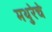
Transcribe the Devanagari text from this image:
मथुरेचे